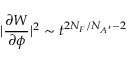
| \frac { \partial W } { \partial \phi } | ^ { 2 } \sim t ^ { 2 N _ { F } / N _ { A ^ { \prime } } - 2 }